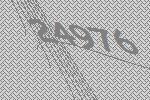
24976